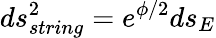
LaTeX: ds_{string}^{2}=e^{\phi/2}ds_{E}